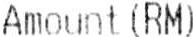
AMOUNT(RM)